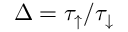
\Delta = \tau _ { \uparrow } / \tau _ { \downarrow }